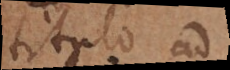
titulo ad